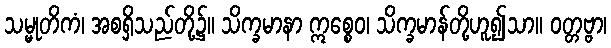
သမ္မုတိကံ၊ အစရှိသည်တို့၌။ သိက္ခမာနာ ဣစ္စေဝ၊ သိက္ခမာန်တို့ဟူ၍သာ။ ဝတ္တဗ္ဗာ၊